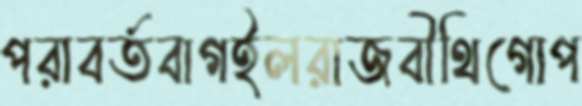
পরাবর্তবাগইলরাজবীথিগোপ